画像に写った文字を読んでください
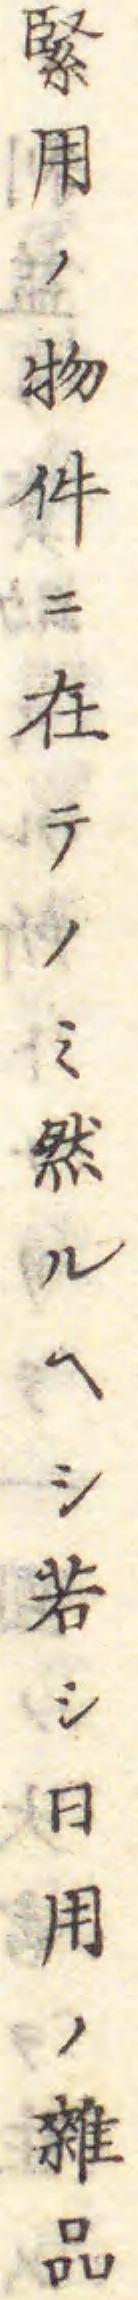
「緊用ノ物件ニ在テノミ然ルヘシ若シ日用ノ雜品」と書いてあります